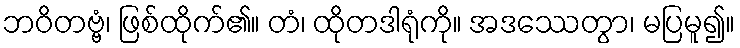
ဘဝိတဗ္ဗံ၊ ဖြစ်ထိုက်၏။ တံ၊ ထိုတဒါရုံကို။ အဒဿေတွာ၊ မပြမူ၍။